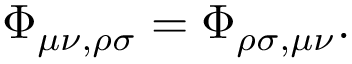
\Phi _ { \mu \nu , \rho \sigma } = \Phi _ { \rho \sigma , \mu \nu } .